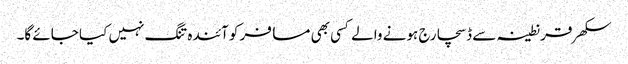
سکھر قرنطینہ سے ڈسچارج ہونے والے کسی بھی مسافر کو آئندہ تنگ نہیں کیا جائے گا۔